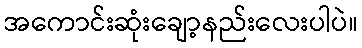
အကောင်းဆုံးချော့နည်းလေးပါပဲ။